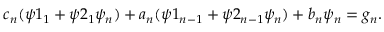
c _ { n } ( \psi 1 _ { 1 } + \psi 2 _ { 1 } \psi _ { n } ) + a _ { n } ( \psi 1 _ { n - 1 } + \psi 2 _ { n - 1 } \psi _ { n } ) + b _ { n } \psi _ { n } = g _ { n } .